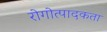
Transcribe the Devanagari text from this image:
रोगोत्पादकता